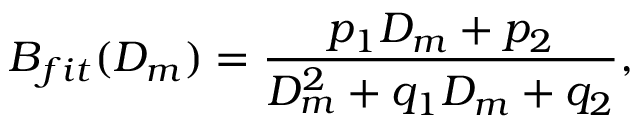
B _ { f i t } ( D _ { m } ) = \frac { p _ { 1 } D _ { m } + p _ { 2 } } { D _ { m } ^ { 2 } + q _ { 1 } D _ { m } + q _ { 2 } } ,